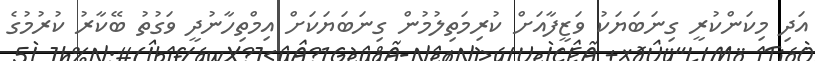
އަދި މިކަންކުރީ ގިނަބަޔަކު ވަޒީފާއަށް ކުރިމަތިލުމުން ގިނަބަޔަކަށް އިމްތިހާނުދީ ވަގުތު ބޭކާރު ކުރުމުގެ